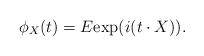
LaTeX: \begin{align*} \phi_X(t)=E\mathrm{exp}(i(t\cdot X)).\end{align*}